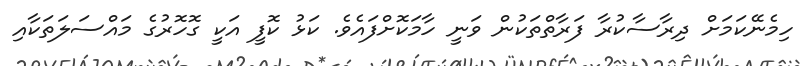
ހިމެނޭކަމަށް ދިރާސާކުރާ ފަރާތްތަކުން ވަނީ ހާމަކޮށްފައެވެ. ކަޅު ކޮފީ އަކީ ގޮހޮރުގެ މައްސަލަތަކާއި